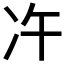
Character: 𠖴